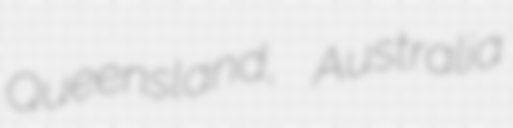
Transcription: Queensland, Australia